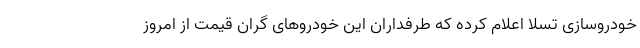
خودروسازی تسلا اعلام کرده که طرفداران این خودروهای گران قیمت از امروز